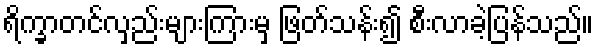
ရိက္ခာတင်လှည်းများကြားမှ ဖြတ်သန်း၍ စီးလာခဲ့ပြန်သည်။